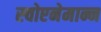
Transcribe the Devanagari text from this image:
स्चोएनेमान्न